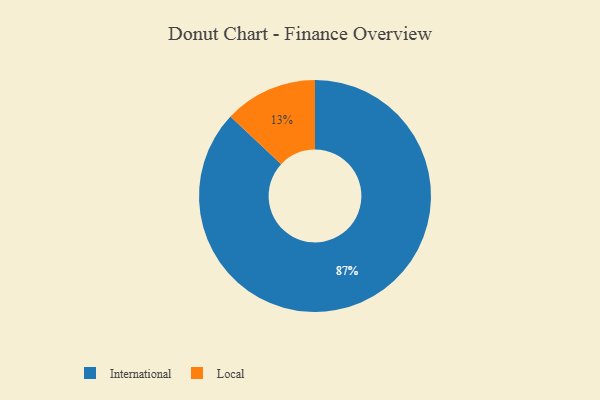
{"axis": {"x": "Category", "y": "Percentage"}, "legend": ["International", "Local"], "data": [{"x": "Local", "y": 13, "type": "Local"}, {"x": "International", "y": 87, "type": "International"}]}